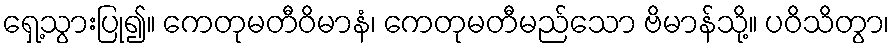
ရှေ့သွားပြု၍။ ကေတုမတီဝိမာနံ၊ ကေတုမတီမည်သော ဗိမာန်သို့။ ပဝိသိတွာ၊